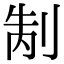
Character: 𭃥